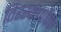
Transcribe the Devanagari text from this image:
तिरस्कार्पोर्वक